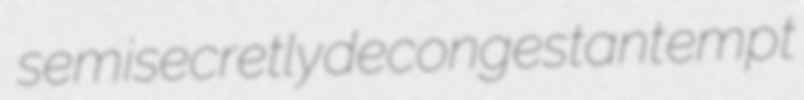
semisecretly decongestant empt